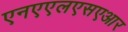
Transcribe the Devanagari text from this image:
एनएएलएसएआर